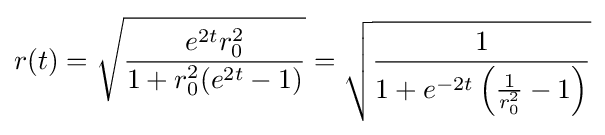
r(t)={\sqrt {\frac {e^{2t}r_{0}^{2}}{1+r_{0}^{2}(e^{2t}-1)}}}={\sqrt {\frac {1}{1+e^{-2t}\left({\frac {1}{r_{0}^{2}}}-1\right)}}}